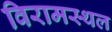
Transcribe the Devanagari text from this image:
विरामस्थल